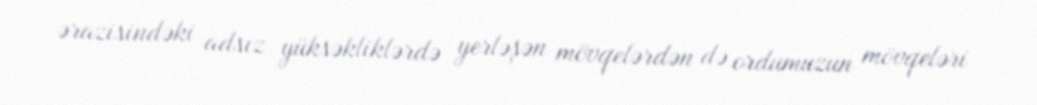
ərazisindəki adsız yüksəkliklərdə yerləşən mövqelərdən də ordumuzun mövqeləri